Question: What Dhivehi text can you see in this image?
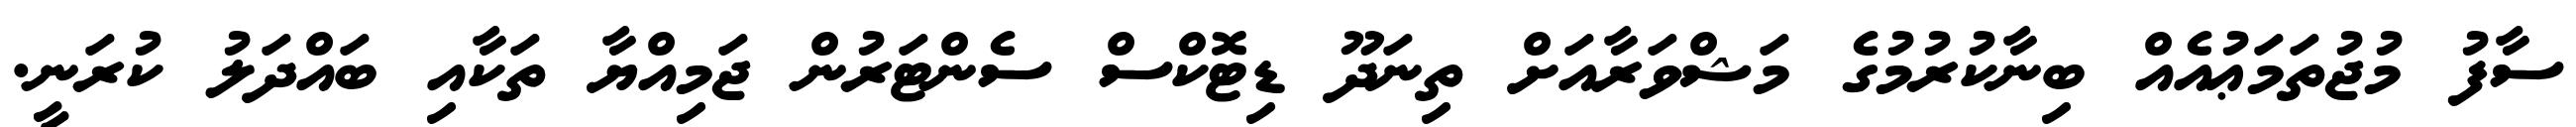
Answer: ސާފު މުޖުތަމަޢުއެއް ބިނާކުރުމުގެ މަޝްވަރާއަށް ތިނަދޫ ޑިޓޮކްސް ސެންޓަރުން ޖަމިއްޔާ ތަކާއި ބައްދަލު ކުރަނީ.